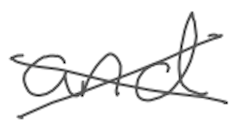
Text: and
Cross-out: cross
Writing tool: digital_gray